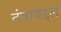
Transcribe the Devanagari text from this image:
तंत्राबद्दल